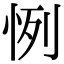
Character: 㤡